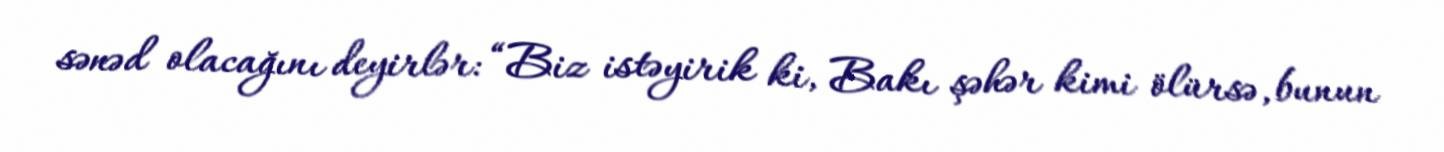
sənəd olacağını deyirlər: “Biz istəyirik ki, Bakı şəhər kimi ölürsə, bunun